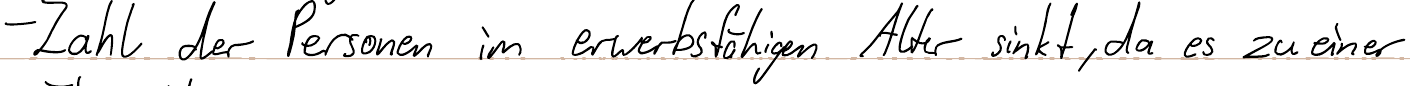
- Zahl der Personen im erwerbsfähigen Alter sinkt, da es zu einer